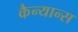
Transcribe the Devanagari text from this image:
कैन्यान्स